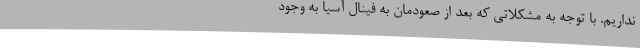
نداریم. با توجه به مشکلاتی که بعد از صعودمان به فینال آسیا به وجود